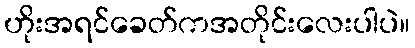
ဟိုးအရင်ခေတ်ကအတိုင်းလေးပါပဲ။